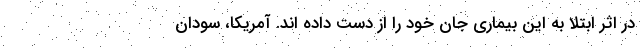
در اثر ابتلا به این بیماری جان خود را از دست داده اند. آمریکا، سودان